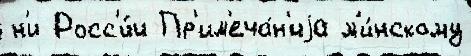
н'и Росс'и́и Пр'им'еча́н'иjа м'и́нскому